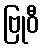
ဗြုဝီ